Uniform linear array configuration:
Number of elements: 12
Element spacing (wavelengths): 0.25
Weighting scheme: uniform
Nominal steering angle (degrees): -15
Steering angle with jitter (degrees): -14.853
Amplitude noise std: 0.05
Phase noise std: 0.05

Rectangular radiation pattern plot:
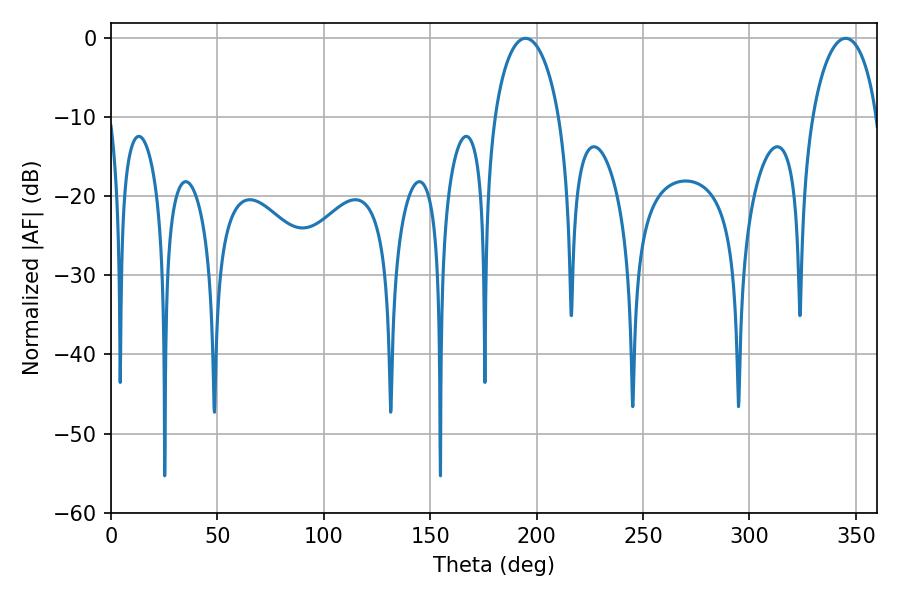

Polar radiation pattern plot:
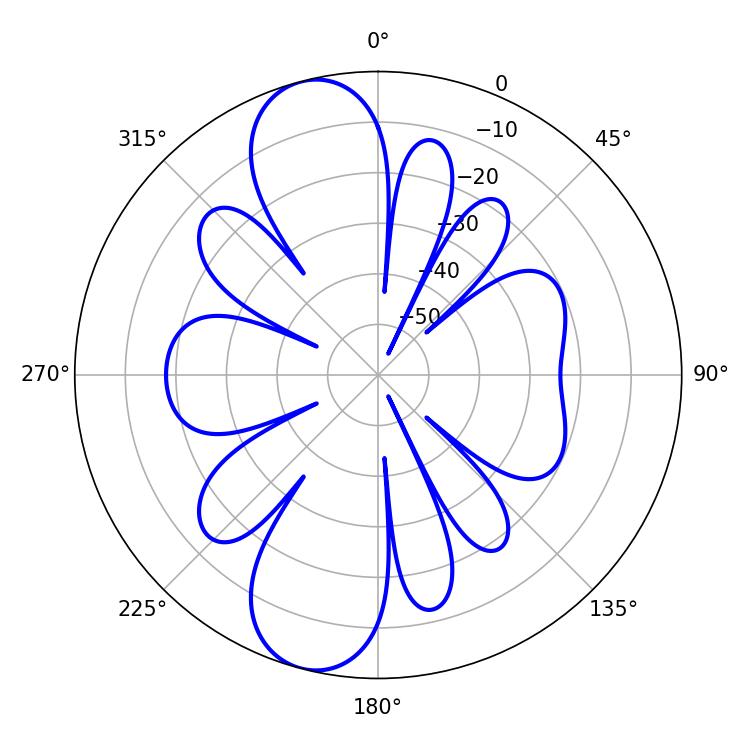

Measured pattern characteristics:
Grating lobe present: FALSE
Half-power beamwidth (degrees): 17.46
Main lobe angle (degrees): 194.76